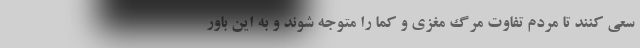
سعی کنند تا مردم تفاوت مرگ مغزی و کما را متوجه شوند و به این باور